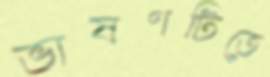
ভাষণটিতে